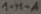
Text: 1-H-A